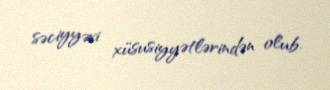
səciyyəvi xüsusiyyətlərindən olub.